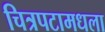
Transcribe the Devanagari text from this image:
चित्रपटामधला